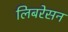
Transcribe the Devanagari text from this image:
लिबरेसन